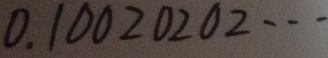
0 . 1 0 0 2 0 2 0 2 \cdots